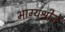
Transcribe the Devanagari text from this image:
भाग्यश्रीने